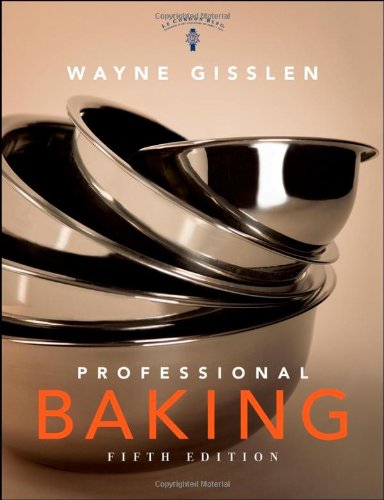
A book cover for Professional Baking; Wayne Gisslen; Cookbooks, Food & Wine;